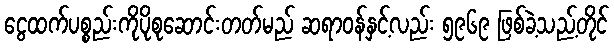
ငွေထက်ပစ္စည်းကိုပိုစုဆောင်းတတ်မည် ဆရာဝန်နှင့်လည်း ၅၉၆၉ ဖြစ်ခဲ့သည့်တိုင်